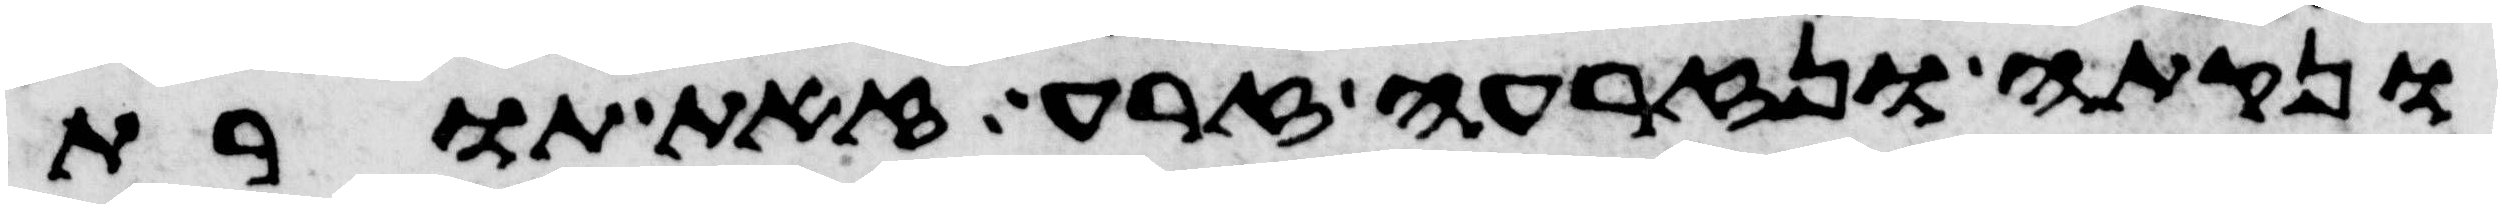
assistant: ונקתה ונזרעה זרע זאת תורת